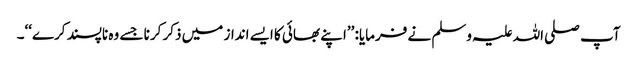
آپ صلی اللہ علیہ وسلم نے فرمایا: ’’اپنے بھائی کا ایسے انداز میں ذکر کرنا جسے وہ ناپسند کرے‘‘۔